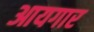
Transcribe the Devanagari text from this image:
आयगार